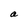
Character: a